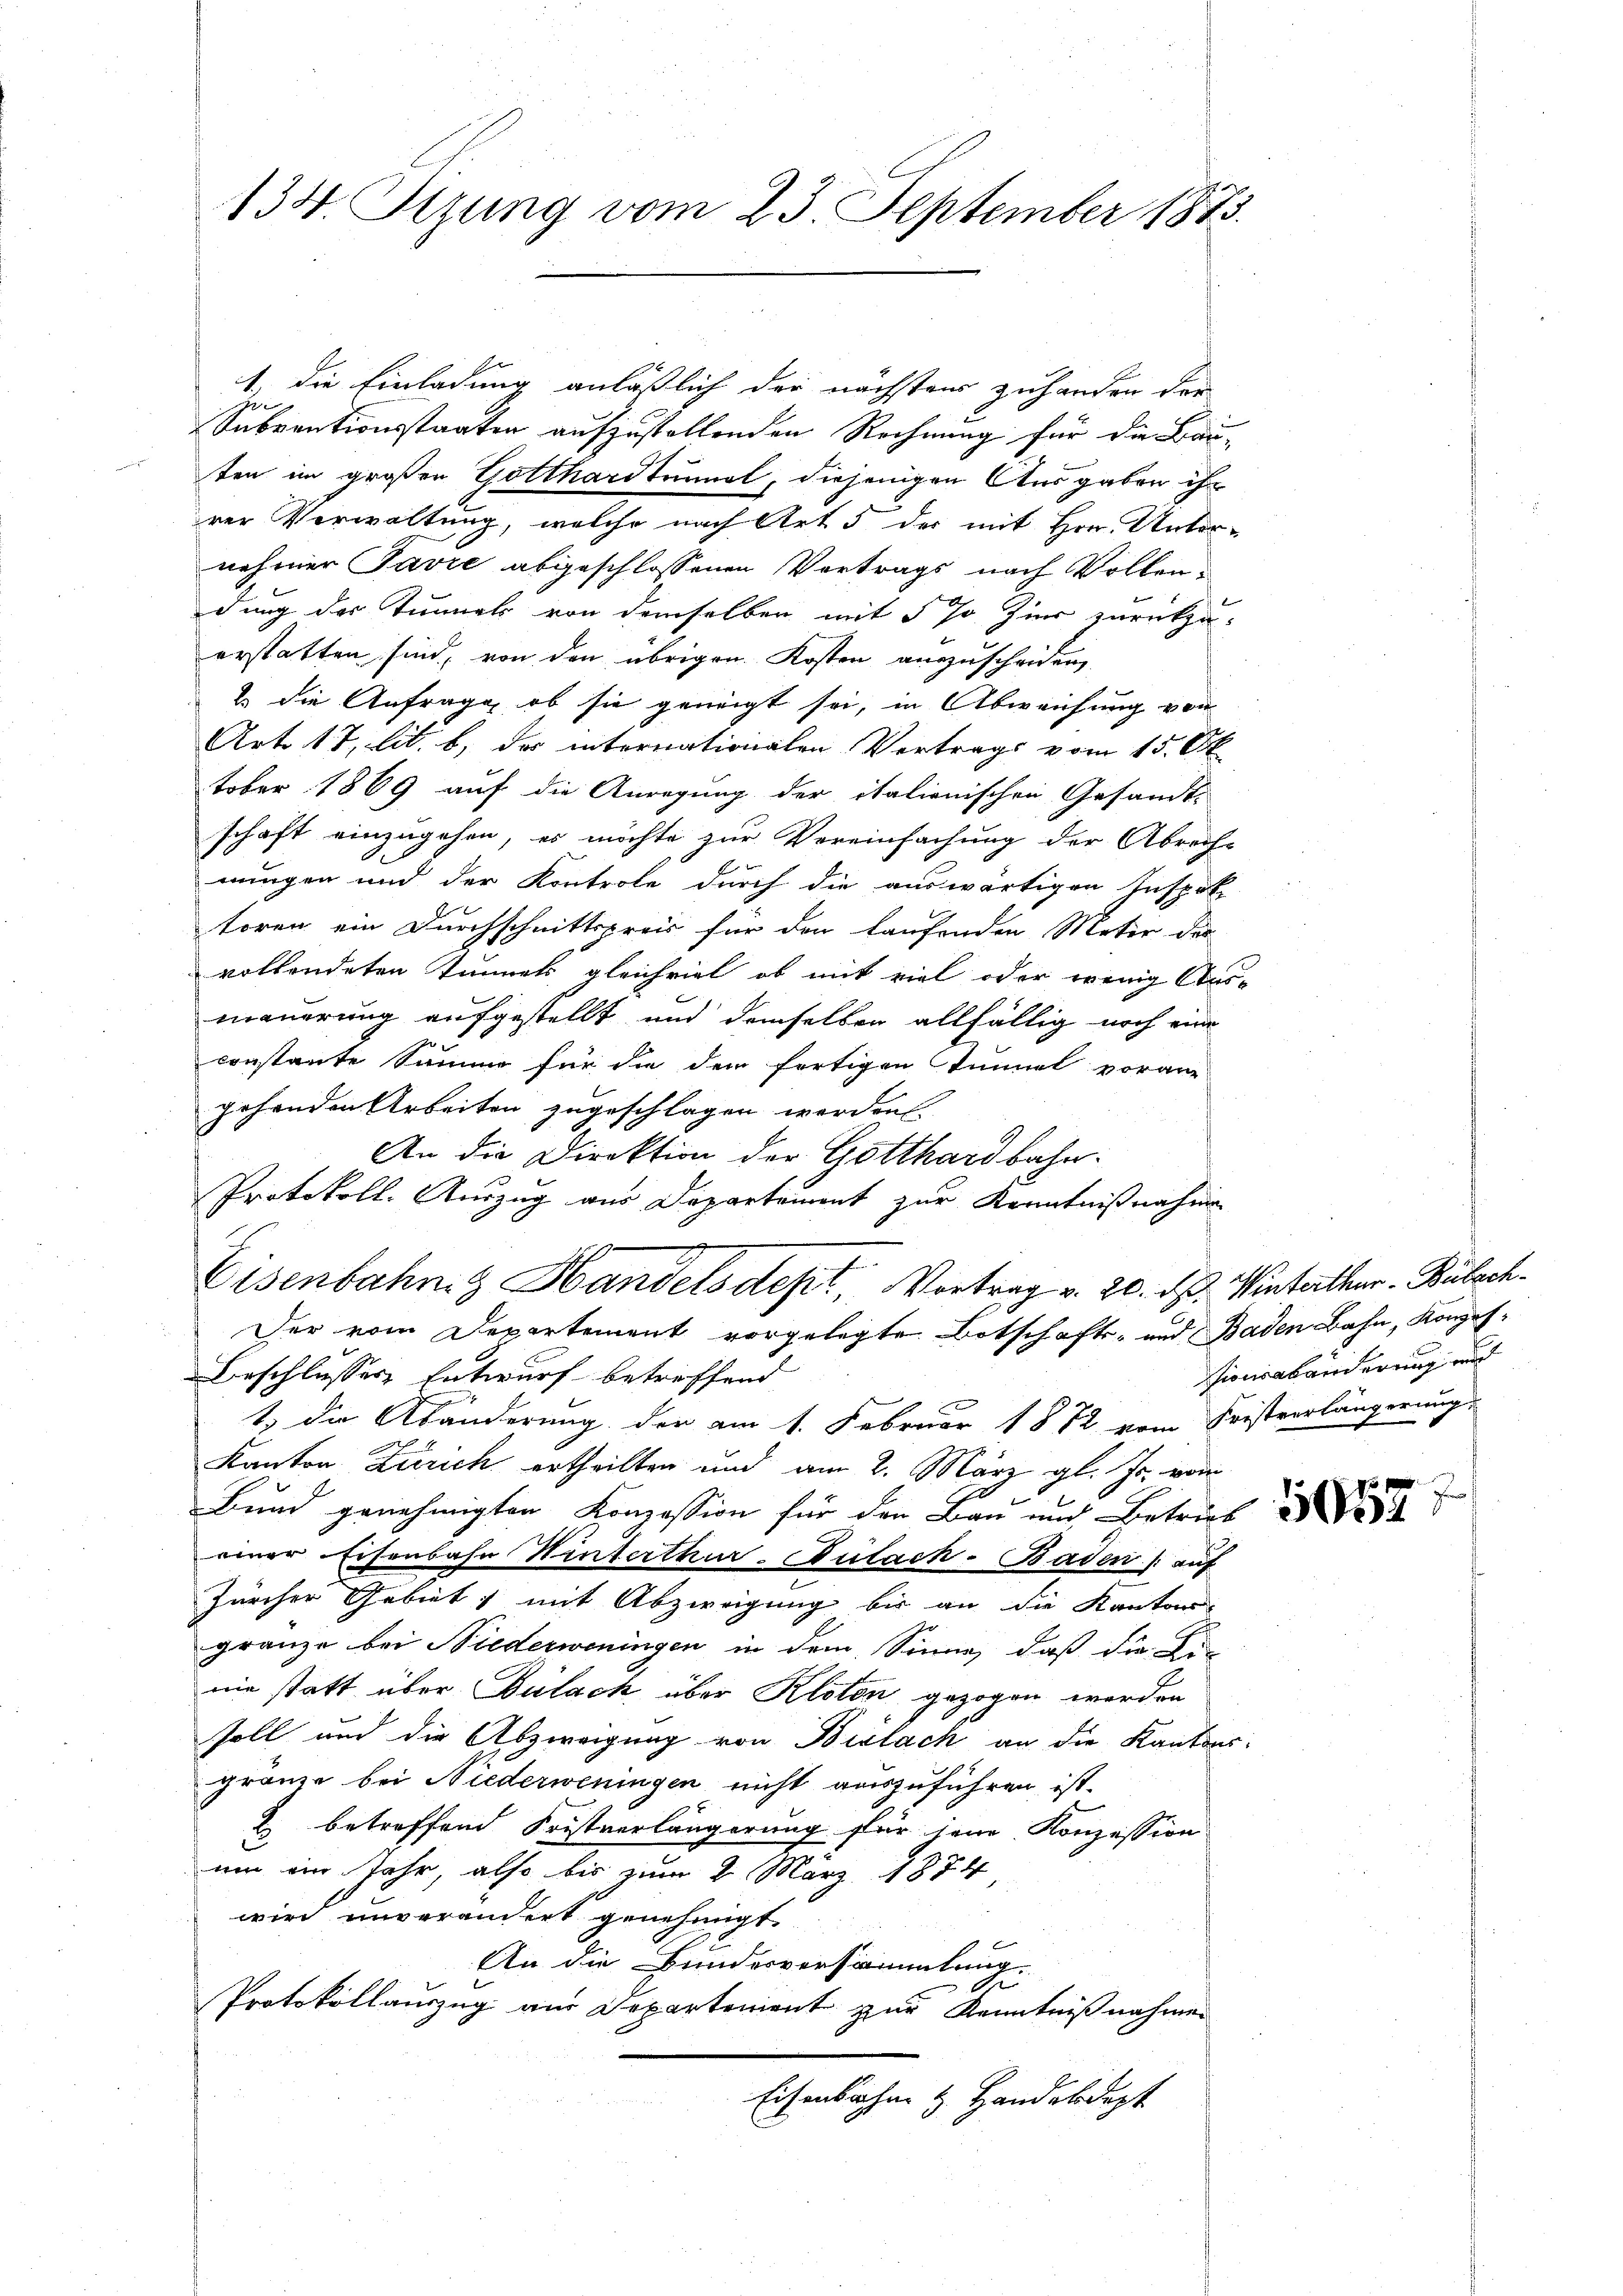
134. Sizung vom 23. September 1873.

1. die Einladung anläßlich der nächstens zuhanden der
z
2
Inbventionsstaaten aufzustellenden Rechnung für die Bauten im großen Gotthardtunnel, diejenigen Ausgaben ihr
rer Verwaltung, welche nach Art 5 der mit Hrn. Unter-
nehmer Javre abgeschlossenen Vertrags nach Vollendung der Tunnels von demselben mit § so hier zurückzuerstatten sind, von den übrigen Kosten auszuscheiden,
2 die Anfrage, ob sie geneigt sei, in Abweichung von
Art. 17 lit. b, der internationalen Vertrags vom 15. Ok
tober 1869 auf die Anregung der italienischen Gesandt-
schaft einzugehen, es möchte zur Vereinfachung der Abrech-
mungen und der Kontrole durch die auswärtigen Inspek
toren ein Durchschnittspreis für den laufenden Meter des
vollendeten Tunnels gleichviel, ob mit viel oder wenig Aus-
mauerung aufgestellt und demselben allfällig noch eine
constante Summe für die der fertigen Tunnel vorane
gehenden Arbeiten zugeschlagen werden.
An die Direktion der Gotthardbahn.
Protokoll-Auszug aus Departement zur Kenntnißnahme
Eisenbahn & Handels des Vortrag v. 20. ds. Winterthur - Bülach¬
Der vom Departement vorgelegte Botschafts- und Baden Bahn, Konzes-
Beschlusses Entwurf betreffend
1. die Abänderung der am 1. Februar 1872 vom Fristverlängerung
Kanton Zürich ertheilten und am 2. März gl. Js. vom
Bund genehmigten Konzession für den Bau und Betraf
einer Eisenbahn Winterthur-Bülach-Baden /: auf
Zürcher Gebiet, mit Abzweigung bis an die Kantons
gränze bei Niederweningen in dem Sinne, daß die Li-
nie statt über Bülach über Kloten gezogen worden
soll und die Abzweigung von Bielach an die Kantons-
gränze bei Niederweningen nicht auszuführen, ist.
2 betreffend Fristverlängerung für jene Konzession
um ein Jahr, also bis zum 8. März 1874
wird unverändert genehmigt.
An die Bundesversammlung
Protokollauszug aus Departement zur Kenntnißnahmen
Eisenbahn & Handeldet

sionenhänderung und